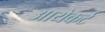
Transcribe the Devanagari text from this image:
आयेकर्ट